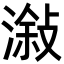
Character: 潊